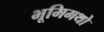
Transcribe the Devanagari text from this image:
भूमिमथो